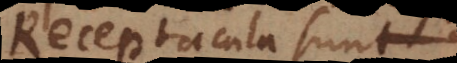
Receptacula sunt